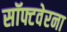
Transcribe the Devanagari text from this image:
सॉफ्टवेरना